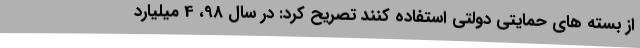
از بسته های حمایتی دولتی استفاده کنند تصریح کرد: در سال 98، 4 میلیارد